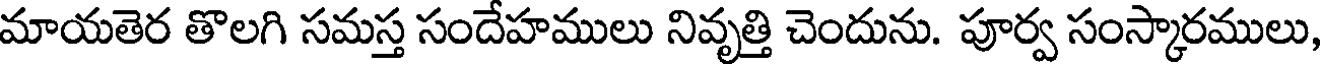
మాయతెర తొలగి సమస్త సందేహములు నివృత్తి చెందును. పూర్వ సంస్కారములు,